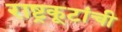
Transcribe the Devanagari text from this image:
राष्ट्रकूटांची